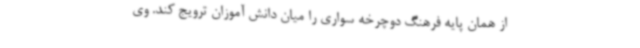
از همان پایه فرهنگ دوچرخه سواری را میان دانش آموزان ترویج کند. وی